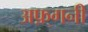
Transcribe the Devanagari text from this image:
अफ़्गनी